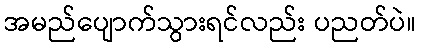
အမည်ပျောက်သွားရင်လည်း ပညတ်ပဲ။